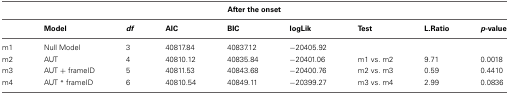
<table><thead><tr><td colspan="9"><b>After the onset</b></td></tr><tr><td>[EMPTY_CELL]</td><td><b>Model</b></td><td><b><i>df</i></b></td><td><b>AIC</b></td><td><b>BIC</b></td><td><b>logLik</b></td><td><b>Test</b></td><td><b>L.Ratio</b></td><td><b><i>p</i>-value</b></td></tr></thead><tbody><tr><td>m1</td><td>Null Model</td><td>3</td><td>40817.84</td><td>40837.12</td><td>−20405.92</td><td>[EMPTY_CELL]</td><td>[EMPTY_CELL]</td><td>[EMPTY_CELL]</td></tr><tr><td>m2</td><td>AUT</td><td>4</td><td>40810.12</td><td>40835.84</td><td>−20401.06</td><td>m1 vs. m2</td><td>9.71</td><td>0.0018</td></tr><tr><td>m3</td><td>AUT + frameID</td><td>5</td><td>40811.53</td><td>40843.68</td><td>−20400.76</td><td>m2 vs. m3</td><td>0.59</td><td>0.4410</td></tr><tr><td>m4</td><td>AUT <sup>*</sup> frameID</td><td>6</td><td>40810.54</td><td>40849.11</td><td>−20399.27</td><td>m3 vs. m4</td><td>2.99</td><td>0.0836</td></tr></tbody></table>